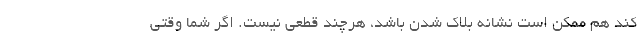
کند هم ممکن است نشانه بلاک شدن باشد، هرچند قطعی نیست. اگر شما وقتی